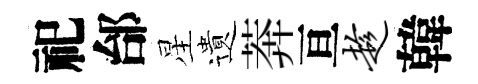
祀邰星遺莾亘趁韓